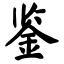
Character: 鉴